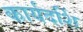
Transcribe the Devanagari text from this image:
कार्यदर्शि